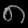
Digit: ၈